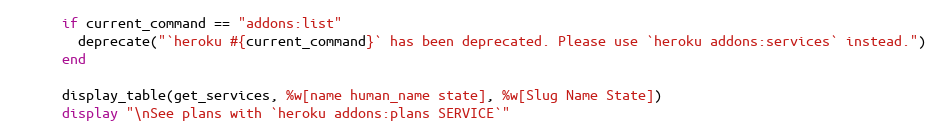
Language: Ruby
      if current_command == "addons:list"
        deprecate("`heroku #{current_command}` has been deprecated. Please use `heroku addons:services` instead.")
      end

      display_table(get_services, %w[name human_name state], %w[Slug Name State])
      display "\nSee plans with `heroku addons:plans SERVICE`"